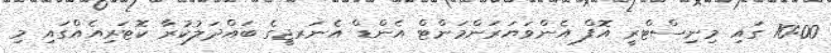
10:00 ގައި މިނިސްޓްރީ އޮފް އެންވަޔަރަންމަންޓް އެންޑް އެނަރޖީގެ ބައްދަލުކުރާ ކޮޓަރިއެއްގައި މި